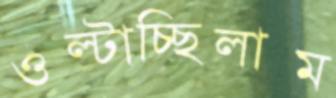
ওল্‌টাচ্ছিলাম